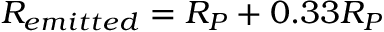
R _ { e m i t t e d } = R _ { P } + 0 . 3 3 R _ { P }